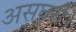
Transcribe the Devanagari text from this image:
असघरी।